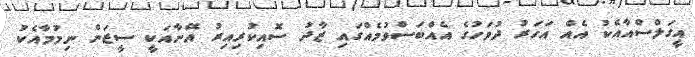
އީގަލްސްއާއެކު އެއް އަހަރު ދުވަހުގެ އެއްބަސްވުމެއްގައި ޒާދު ސޮއިކުރިއިރު އޭނާއަކީ ސީޒަން ނިމުމާއެކު